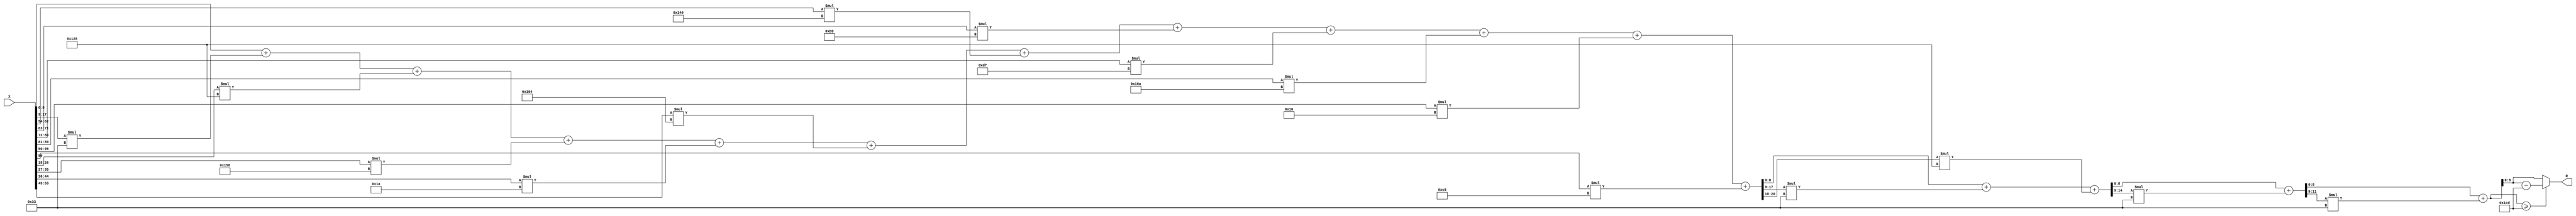
module x_100_mod_461(
    input [100:1] X,
    output [9:1] R
    );

wire [21:1] R_temp_1;
wire [15:1] R_temp_2;
wire [12:1] R_temp_3;
wire [10:1] R_temp_4;
reg [9:1]  R_temp;

assign R_temp_1 = X [ 9 : 1 ]  + X [ 18 : 10 ] * 6'b110011 + X [ 27 : 19 ] * 9'b100101000 + X [ 36 : 28 ] * 9'b101011000 + X [ 45 : 37 ] * 5'b11010 + X [ 54 : 46 ] * 9'b110010100 + X [ 63 : 55 ] * 9'b101000000 + X [ 72 : 64 ] * 8'b10111001 + X [ 81 : 73 ] * 8'b11010111 + X [ 90 : 82 ] * 9'b101101010 + X [ 99 : 91 ] * 5'b10110 + X [ 100 ] * 8'b11001000 ;

assign R_temp_2 = R_temp_1 [ 9 : 1 ]  + R_temp_1 [ 18 : 10 ] * 6'b110011 + R_temp_1 [ 21 : 19 ] * 9'b100101000 ;

assign R_temp_3 = R_temp_2 [ 9 : 1 ]  + R_temp_2 [ 15 : 10 ] * 6'b110011 ;

assign R_temp_4 = R_temp_3 [ 9 : 1 ]  + R_temp_3 [ 12 : 10 ] * 6'b110011 ;

always @(R_temp_4)
begin
  if (R_temp_4 >= 9'b111001101)
    R_temp <= R_temp_4 - 9'b111001101;
  else
    R_temp <= R_temp_4;
end

assign R = R_temp;

endmodule